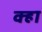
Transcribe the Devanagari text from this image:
क्हा